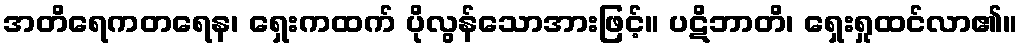
အတိရေကတရေန၊ ရှေးကထက် ပိုလွန်သောအားဖြင့်။ ပဋိဘာတိ၊ ရှေးရှုထင်လာ၏။